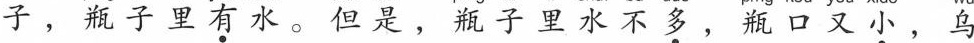
子，瓶子里有水。但是，瓶子里水不多，瓶口又小，乌